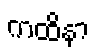
ကထိနာ